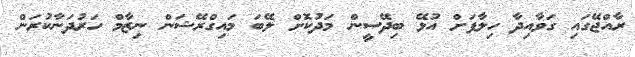
ރާއްޖޭގައި ގަވާއިދާ ހިލާފަށް އުޅޭ ބިދޭސީން މަދުކޮށް ލޭބަ މައިގްރޭޝަން ނިޒާމް ހަރުދަނާކުރަން